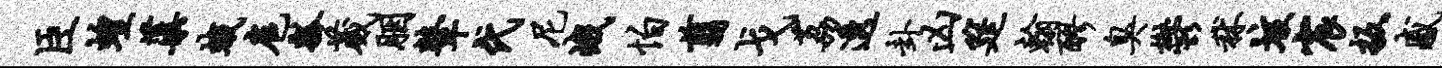
臣蝗蕖蛾扈瓢葳胭鼙代尼峨怕翦戈荔透卦凶筵翰醪臭郁秫垓宸扳感